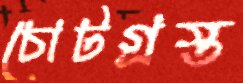
চোটগ্রস্ত